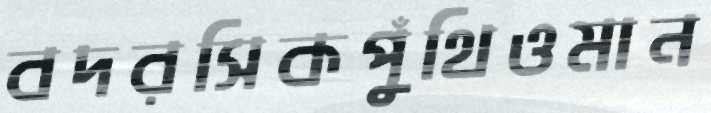
বদরসিকপুঁথিওমান